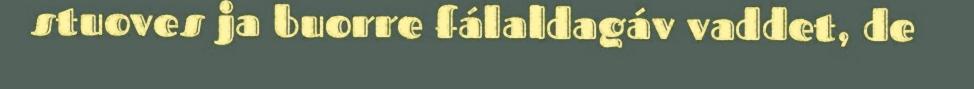
stuoves ja buorre fálaldagáv vaddet, de